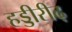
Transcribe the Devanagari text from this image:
हड्डीरीढ़